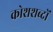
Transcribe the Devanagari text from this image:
कोशशब्दों